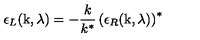
\epsilon _ { L } ( \mathrm { k } , \lambda ) = - \frac { k } { k ^ { * } } \left( \epsilon _ { R } ( \mathrm { k } , \lambda ) \right) ^ { * }